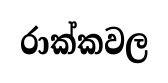
රාක්කවල